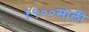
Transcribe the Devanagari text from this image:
१९००साली